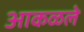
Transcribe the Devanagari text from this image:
आकळले